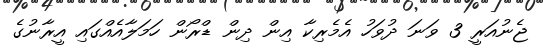
ޖެނުއަރީ 3 ވަނަ ދުވަހު އެމެރިކާ އިން ދިން ޑްރޯން ހަމަލާއެއްގައި އީރާނުގެ